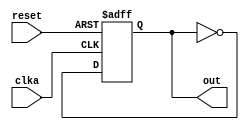
//
// Copyright (c) 1999 Steven Wilson (stevew@home.com)
//
//    This source code is free software; you can redistribute it
//    and/or modify it in source code form under the terms of the GNU
//    General Public License as published by the Free Software
//    Foundation; either version 2 of the License, or (at your option)
//    any later version.
//
//    This program is distributed in the hope that it will be useful,
//    but WITHOUT ANY WARRANTY; without even the implied warranty of
//    MERCHANTABILITY or FITNESS FOR A PARTICULAR PURPOSE.  See the
//    GNU General Public License for more details.
//
//    You should have received a copy of the GNU General Public License
//    along with this program; if not, write to the Free Software
//    Foundation, Inc., 59 Temple Place - Suite 330, Boston, MA 02111-1307, USA
//
//
// SDW: Module instantiation with non-ordered port assignment
//
// D: Same as sdw_inst1 except using .net(net) port convention. 
//

module test_mod (reset,clka,out);
input reset;
input clka;
output out;

reg out;

always @(posedge clka or posedge reset)
  if(reset)
     out = 0;
  else
     out = ~out;

endmodule

module main();

reg reset,clk_0,clk_1;
wire out_0,out_1;

test_mod module_1 (.reset(reset),.clka(clk_0),.out(out_0));
test_mod module_2 (.reset(reset),.clka(clk_1),.out(out_1));

initial
  begin
    clk_0 = 0;
    clk_1 = 0;
    #1 reset = 1;
    # 2;
    $display("time %d r=%b, c0=%b, c1=%b, o0=%b,o1=%b\n",$time,reset,clk_0,
              clk_1,out_0,out_1);
    // Validate that both out_0 and out_1 are reset
    if(out_0)
      begin
        $display("FAILED - out_0 not reset\n");
        $finish ;
      end

    if(out_1)
      begin
        $display("FAILED - out_1 not reset\n");
        $finish ;
      end
     reset = 0;
    $display("time %d r=%b, c0=%b, c1=%b, o0=%b,o1=%b\n",$time,reset,clk_0,
              clk_1,out_0,out_1);
     # 2;
    clk_0 = 1;
    # 2; // Wait so we don't worry about races.
    $display("time %d r=%b, c0=%b, c1=%b, o0=%b,o1=%b\n",$time,reset,clk_0,
              clk_1,out_0,out_1);
    if(!out_0)
      begin
        $display("FAILED - out_0 didn't set on clk_0\n");
        $finish ;
      end

    if(out_1)
      begin
        $display("FAILED - out_1 set on wrong clk!\n");
        $finish ;
      end

    clk_1 = 1;
    # 2; // Wait so we don't worry about races.
    $display("time %d r=%b, c0=%b, c1=%b, o0=%b,o1=%b\n",$time,reset,clk_0,
              clk_1,out_0,out_1);
    if(!out_1)
      begin
        $display("FAILED - out_1 didn't set on clk_1\n");
        $finish ;
      end
    
    if(!out_0)
      begin
        $display("FAILED - out_0 changed due to clk_0\n");
        $finish ;
      end

    
    $display("PASSED\n");
    $finish ;
  end
endmodule